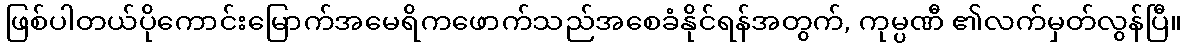
ဖြစ်ပါတယ်ပိုကောင်းမြောက်အမေရိကဖောက်သည်အစေခံနိုင်ရန်အတွက်, ကုမ္ပဏီ ၏လက်မှတ်လွန်ပြီ။